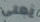
يعنى